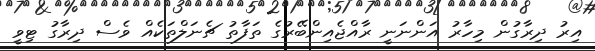
އިރު ދިރާގުން މިހާރު އަންނަނީ ރާއްޖެއިންބޭރުގެ ތަފާތު ޗެނަލްތަކެއް ވެސް ދިރާގު ޓިވީ